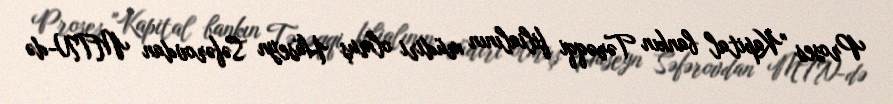
Proses "Kapital bankın Tərəqqi filialının müdiri olmuş Hüseyn Səfərovdan MTN-də